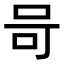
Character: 𭇎